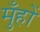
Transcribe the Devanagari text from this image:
मुँहों